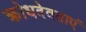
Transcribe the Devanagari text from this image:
क्रोधदेवताएं